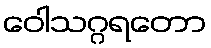
ဝေါသဂ္ဂရတော